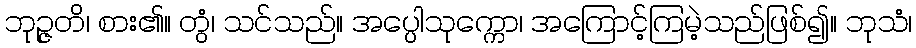
ဘုဉ္ဇတိ၊ စား၏။ တွံ၊ သင်သည်။ အပ္ပေါသုက္ကော၊ အကြောင့်ကြမဲ့သည်ဖြစ်၍။ ဘုသံ၊